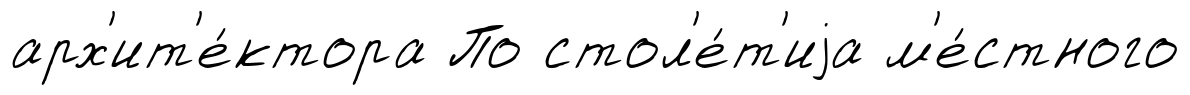
арх'ит'е́ктора По стол'е́т'иjа м'е́стного